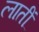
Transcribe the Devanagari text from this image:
लातीं